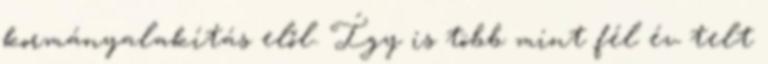
kormányalakítás elől. Így is több mint fél év telt